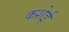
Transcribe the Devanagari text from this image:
कशेई